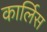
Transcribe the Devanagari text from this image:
कार्लिस